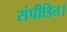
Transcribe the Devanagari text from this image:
संपीडित।